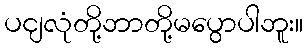
ပငျလုံတို့ဘာတို့မပွောပါဘူး။